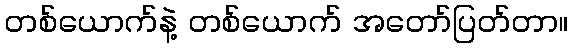
တစ်ယောက်နဲ့ တစ်ယောက် အတော်ပြတ်တာ။